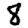
Digit: 8